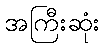
အကြီးဆုံး